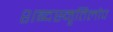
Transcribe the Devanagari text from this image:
शब्दस्मृतिलोप